Vaccine operations Central Provinces 1900-1911 - 1900-1911
Year: 1900
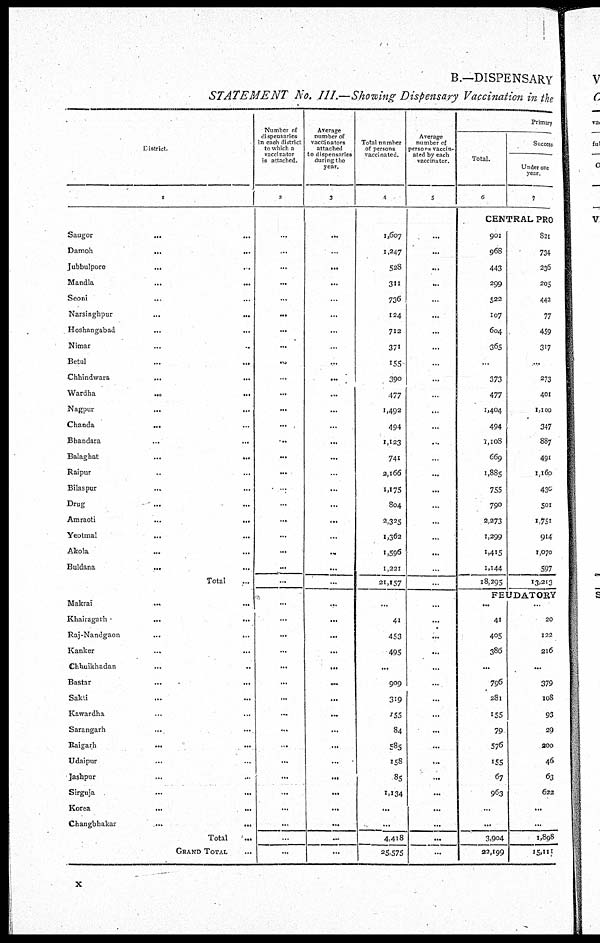
B.—DISPENSARY
STATEMENT No. III.—Showing Dispensary Vaccination in the
District.
1
Saugor
...
...
Damoh
...
...
Jubbulpore
...
...
Mandla
...
...
Seoni
...
...
Narsinghpur
...
...
Hoshnngabad
...
...
Nimar
...
...
Betul ... ...
Chhindwara
...
...
Wardha ... ...
Nagpur ... ...
Chanda ... ...
Bhandara
...
...
Balaghat ... ...
Raipur ... ...
Bilaspur ... ...
Drug ... ...
Amraoti
...
...
Yeotmal ... ...
Akola ... ...
Buldana
...
...
Total ...
Makrai ... ...
Khairagarh
...
...
Raj-Nandgaon
...
...
Kanker ... ...
Chhuikhadan ... ...
Bastar
...
...
Sakti ... ...
Kawardha ... ...
Sarangarh ... ...
Raigarh
...
...
Udaipur ... ...
Jashpur ... ...
Sirguja ... ...
Korea
...
...
Changbhakar ...
Total
...
GRAND TOTAL ...
Number of
dispensaries
in each district
to which a
vaccinator
is attached.
2
...
...
...
...
...
...
...
...
...
...
...
...
...
...
...
...
...
...
...
...
...
...
...
...
...
...
...
...
...
...
...
...
...
...
...
...
...
...
...
...
Average
number of
vaccinators
attached
to dispensaries
during the
year.
3
...
...
...
...
...
...
...
...
...
...
...
...
...
...
...
...
...
...
...
...
...
...
...
...
...
...
...
...
...
...
...
...
...
...
...
...
...
...
...
...
Total number
of persons
vaccinated.
4
1,607
1,247
528
311
736
124
712
371
155
390
477
1,492
494
1,123
741
2,166
1,175
804
2,325
1,362
1,596
1,221
21,157
...
41
453
495
...
909
319
155
84
585
158
85
1,1,34
...
...
4,418
25,575
Average
number of
persons vaccin-
ated by each
vaccinator.
5
...
...
...
...
...
...
...
...
...
...
...
...
...
...
...
...
...
...
...
...
...
...
...
...
...
...
...
...
...
...
...
...
...
...
...
...
...
...
...
...
Primary
Total.
6
Success
Under one
year.
7
CENTRAL PRO
901
968
443
299
522
107
604
365
...
373
477
1,404
494
1,108
669
1,885
755
790
2,273
1,299
1,415
1,144
18,295
821
734
236
205
442
77
459
317
...
273
401
1,100
347
887
491
1,160
430
501
1,751
914
1,070
597
13,213
FEUDATORY
...
41
405
386
...
796
281
155
79
576
155
67
963
...
...
3,904
22,199
...
20
122
216
...
379
108
93
29
200
46
63
622
...
...
1,898
15,111
x